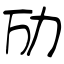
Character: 劢